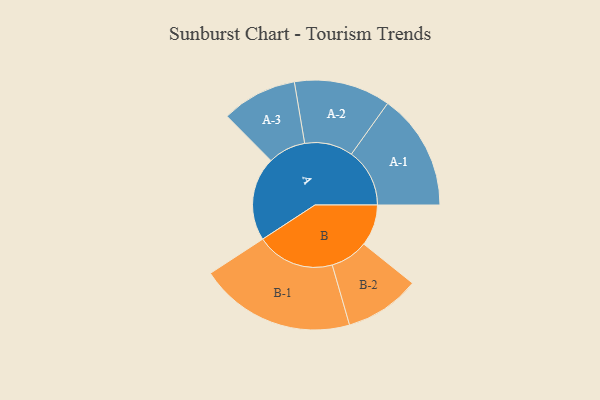
{"axis": {"x": "Segment", "y": "Value"}, "legend": ["", "A", "B"], "data": [{"x": "A", "y": 318, "type": ""}, {"x": "B", "y": 157, "type": ""}, {"x": "A-1", "y": 221, "type": "A"}, {"x": "A-2", "y": 183, "type": "A"}, {"x": "A-3", "y": 143, "type": "A"}, {"x": "B-1", "y": 296, "type": "B"}, {"x": "B-2", "y": 143, "type": "B"}]}